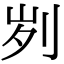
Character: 刿